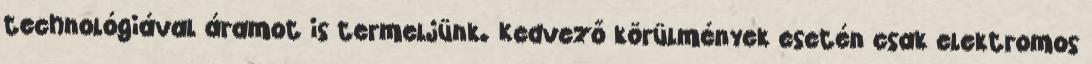
technológiával áramot is termeljünk. Kedvező körülmények esetén csak elektromos